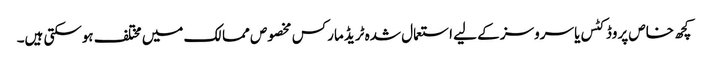
کچھ خاص پروڈکٹس یا سروسز کے لیے استعمال شدہ ٹریڈ مارکس مخصوص ممالک میں مختلف ہوسکتی ہیں۔